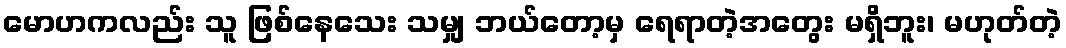
မောဟကလည်း သူ ဖြစ်နေသေး သမျှ ဘယ်တော့မှ ရေရာတဲ့အတွေး မရှိဘူး၊ မဟုတ်တဲ့